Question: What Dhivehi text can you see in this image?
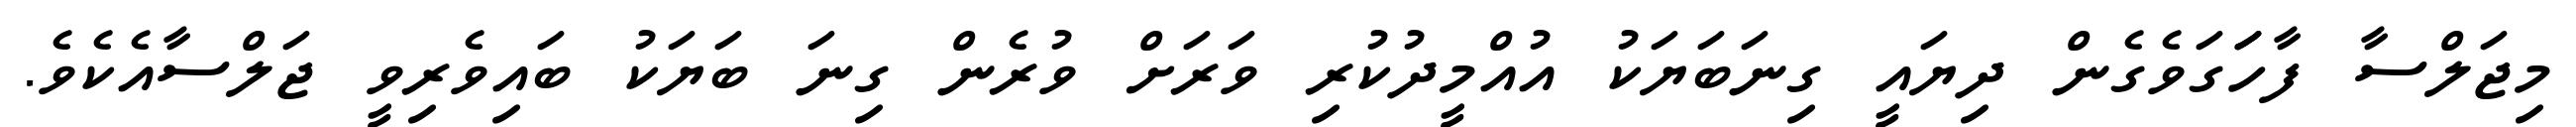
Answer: މިޖަލްސާ ފާހަަގަވެގެން ދިޔައީ ގިނަބަޔަކު އުއްމީދުކުރި ވަރަށް ވުރެން ގިނަ ބަޔަކު ބައިވެރިވީ ޖަލްސާއެކެވެ.